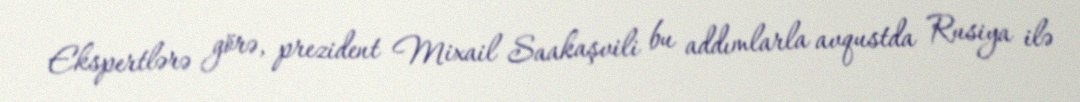
Ekspertlərə görə, prezident Mixail Saakaşvili bu addımlarla avqustda Rusiya ilə